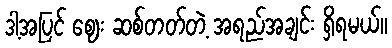
ဒါ့အပြင် ဈေး ဆစ်တတ်တဲ့ အရည်အချင်း ရှိရမယ်။